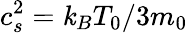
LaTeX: c_{s}^{2}=\mathit{k}_{B}T_{0}/3m_{0}